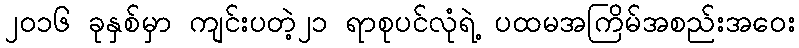
၂၀၁၆ ခုနှစ်မှာ ကျင်းပတဲ့၂၁ ရာစုပင်လုံရဲ့ ပထမအကြိမ်အစည်းအဝေး